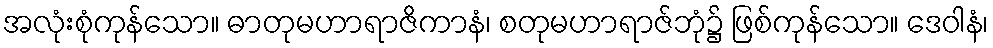
အလုံးစုံကုန်သော။ ဓာတုမဟာရာဇိကာနံ၊ စတုမဟာရာဇ်ဘုံ၌ ဖြစ်ကုန်သော။ ဒေဝါနံ၊